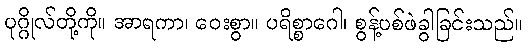
ပုဂ္ဂိုလ်တို့ကို။ အာရကာ၊ ဝေးစွာ။ ပရိစ္စာဂေါ၊ စွန့်ပစ်ဖဲခွါခြင်းသည်။